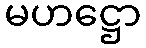
မဟဋ္ဌော